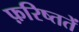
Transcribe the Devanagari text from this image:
फ़रिष्ततें